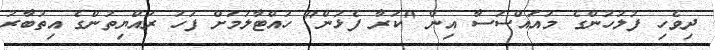
ދިވެހި ފުލުހުންގެ މުއައްސަސާ އިން "ކަރާ ފެޅުން" ހުއްޓާލުމަށް ފަހު ރައްޔިތުންގެ އިތުބާރު